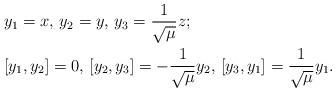
LaTeX: \begin{align*} &y_1=x, \, y_2=y, \, y_3=\frac{1}{\sqrt{\mu}}z;\\ &[y_1,y_2]=0, \, [y_2,y_3]=-\frac{1}{\sqrt{\mu}}y_2, \, [y_3,y_1]=\frac{1}{\sqrt{\mu}}y_1.\end{align*}